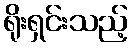
ရိုးရှင်းသည့်